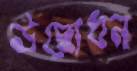
উদ্ধোধন